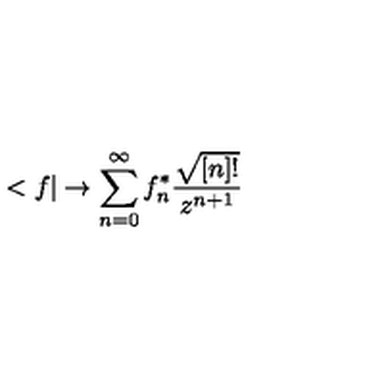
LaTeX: < f | \rightarrow \sum _ { n = 0 } ^ { \infty } f _ { n } ^ { * } \frac { \sqrt { [ n ] ! } } { z ^ { n + 1 } }